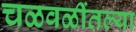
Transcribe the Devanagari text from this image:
चळवळींतल्या